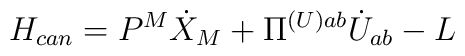
H_{can}=P^{M}\dot{X}_{M}+\Pi^{(U) ab}\dot{U}_{ab}-L